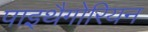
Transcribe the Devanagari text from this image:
पाइथैगोरियन